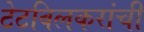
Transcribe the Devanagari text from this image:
टेटविलकरांची